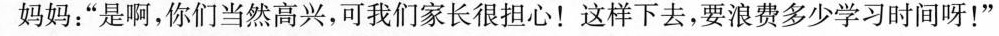
”妈妈：”是啊，你们当然高兴，可我们家长很担心！这样下去，要浪费多少学习时间呀！”